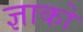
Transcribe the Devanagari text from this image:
ज्ञाको